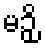
မဉှိ